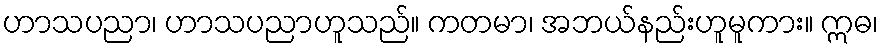
ဟာသပညာ၊ ဟာသပညာဟူသည်။ ကတမာ၊ အဘယ်နည်းဟူမူကား။ ဣဓ၊